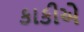
કાકીએ